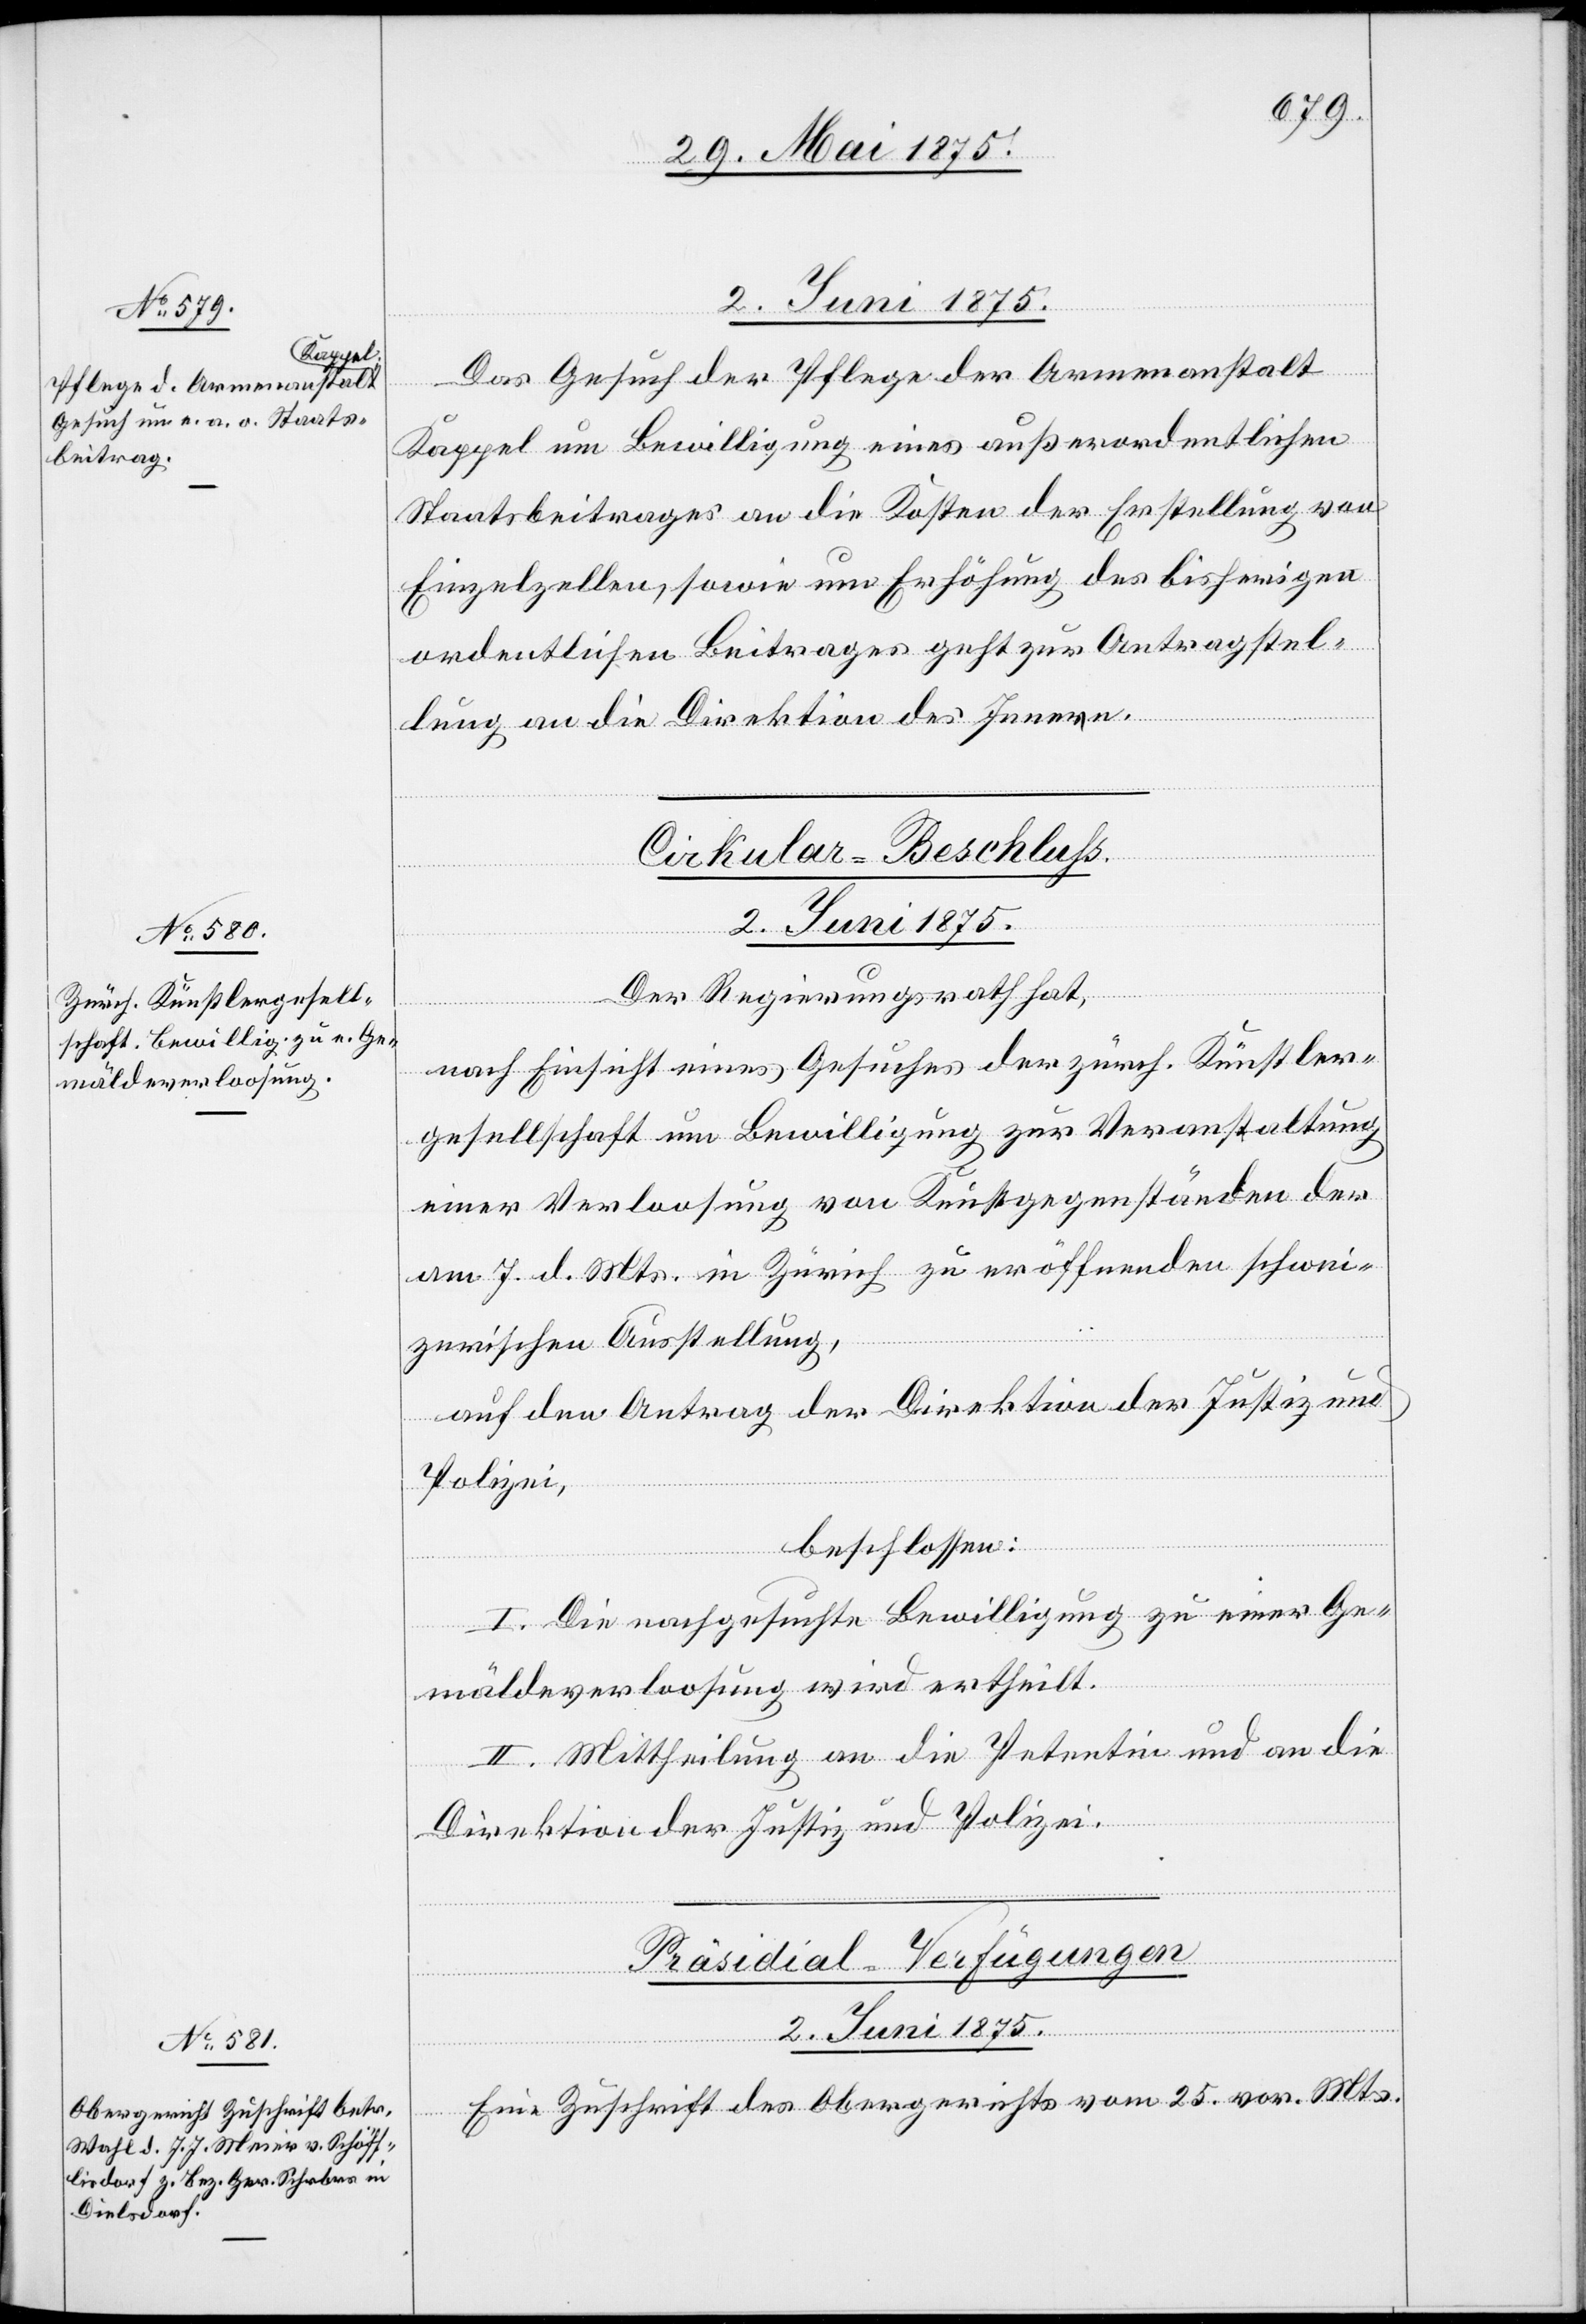
2. Juni 1875
Das Gesuch der Pflege der Armenanstalt
Kappel um Bewilligung eines außerordentlichen
Staatsbeitrages an die Kosten der Erstellung von
Einzelzellen, sowie um Erhöhung des bisherigen
ordentlichen Beitrages geht zur Antragstel¬
lung an die Direktion des Innern.
Cirkular-Beschluß.
2. Juni 1875.
Der Regierungsrath hat,
nach Einsicht eines Gesuches der zürch. Künstler¬
gesellschaft um Bewilligung zur Veranstaltung
einer Verloosung von Kunstgegenständen der
am 7. d. Mts in Zürich zu eröffnenden schwei¬
zerischen Ausstellung,
auf den Antrag der Direktion der Justiz und
Polizei,
beschlossen:
I. Die nachgesuchte Bewilligung zu einer Ge¬
mäldeverloosung wird ertheilt.
II. Mittheilung an die Petentin und an die
Direktion der Justiz und Polizei.
Präsidial-Verfügungen.
Eine Zuschrift des Obergerichtes vom 25. vor. Mts.